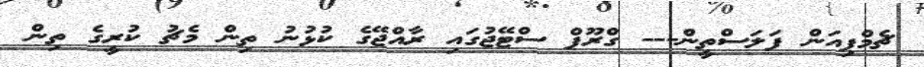
ޗެމްޕިއަން ފަލަސްތީން--- ގްރޫޕް ސްޓޭޖުގައި ރާއްޖޭގެ ކުޅުނު ތިން މެޗު ކުރީގެ ތިން